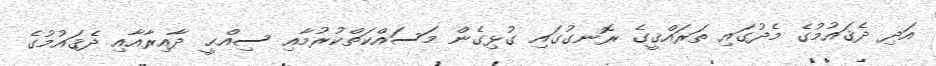
އަދި ދެޤައުމުގެ މެދުގައި ތަރައްޤީގެ ރޮނގުގައި ގުޅިގެން މަސައްކަތްކުރުމާއި ސިއްޙީ ދާއިރާއާއި ދެޤައުމުގެ